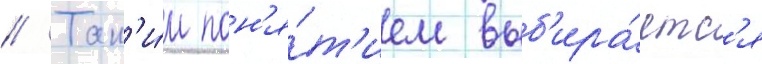
// Так'и́м пон'я́т'ием выб'ира́етс'я